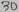
Text: 30